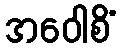
အဝေါစိံ